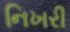
નિખરી